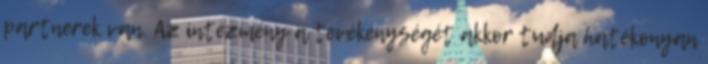
partnerek van. Az intézmény a tevékenységét akkor tudja hatékonyan